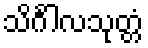
သိင်္ဂါလသုတ္တံ